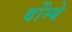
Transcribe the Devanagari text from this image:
बोंम्बे